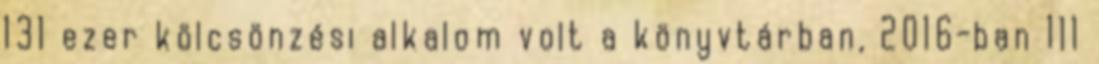
131 ezer kölcsönzési alkalom volt a könyvtárban, 2016-ban 111